Scottish Certificate of Education, 1962
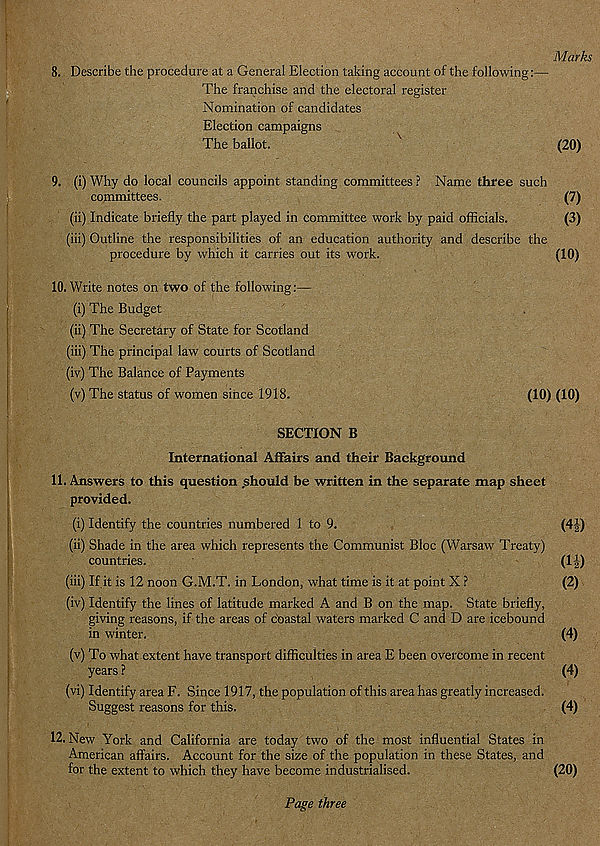
Marks
8. Describe the procedure at a General Election taking account of the following:—•
The franchise and the electoral register
Nomination of candidates
Election campaigns
The ballot.
(20)
9. (i) Why do local councils appoint standing committees ? Name three such
committees.
(7)
(ii) Indicate briefly the part played in committee work by paid officials.
(3)
(iii) Outline the responsibilities of an education authority and describe the
procedure by which it carries out its work.
(10)
10. Write notes on two of the following:—
(i) The Budget
(ii) The Secretary of State for Scotland
(iii) The principal law courts of Scotland
(iv) The Balance of Payments
(v) The status of women since 1918.
(10) (10)
SECTION B
International Affairs and their Background
11. Answers to this question should be written in the separate map sheet
provided.
(i) Identify the countries numbered 1 to 9.
(4£)
(ii) Shade in the area which represents the Communist Bloc (Warsaw Treaty)
countries.
(11,)
(iii) If it is 12 noon G.M.T. in London, what time is it at point X ?
(2)
(iv) Identify the lines of latitude marked A and B on the map. State briefly,
giving reasons, if the areas of coastal waters marked C and D are icebound
in winter.
(4)
(v) To what extent have transport difficulties in area E been overcome in recent
years ?
(4)
(vi) Identify area F. Since 1917, the population of this area has greatly increased.
Suggest reasons for this.
(4)
• New York and California are today two of the most influential States in
American affairs. Account for the size of the population in these States, and
for the extent to which they have become industrialised.
(20)
Page three